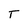
Character: T